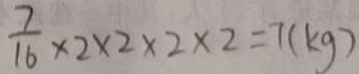
\frac { 7 } { 1 6 } \times 2 \times 2 \times 2 \times 2 = 7 ( k g )